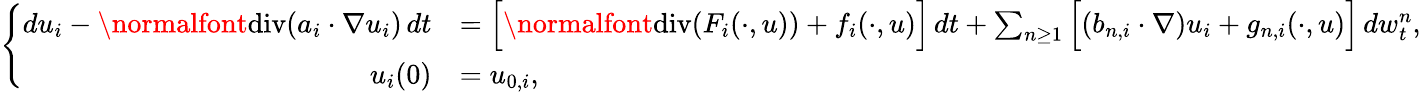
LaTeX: \left\{ \begin{array}{rl}{du_{i}-\normalfont{\mathrm{div}}(a_{i}\cdot\nabla u_{i})\, dt}&{=\Big[\normalfont{\mathrm{div}}(F_{i}(\cdot,u))+f_{i}(\cdot,u)\Big]\, dt+\sum_{n\geq 1}\Big[(b_{n,i}\cdot\nabla)u_{i}+g_{n,i}(\cdot,u)\Big]\, dw_{t}^{n},}\\ {u_{i}(0)}&{=u_{0,i},}\end{array}\right.